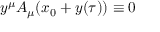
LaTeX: y ^ { \mu } A _ { \mu } ( x _ { 0 } + y ( \tau ) ) \equiv 0